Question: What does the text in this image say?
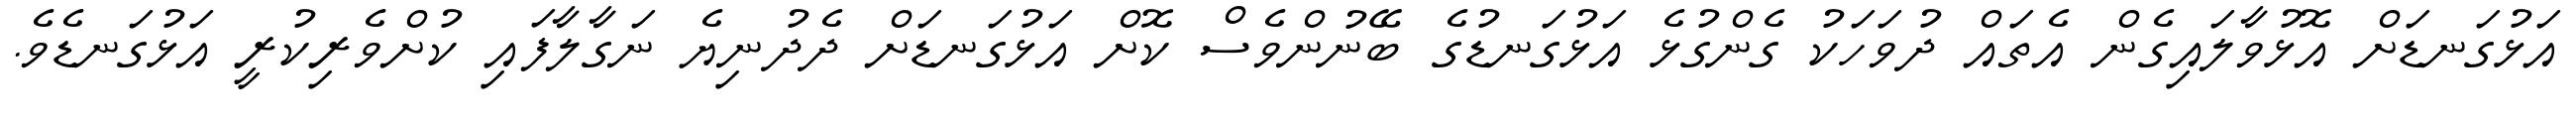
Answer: އަޅުގަނޑަށް އޮޅުވާލައިގެން އެތައް ދުވަހަކު ގެންގުޅެ އަޅުގަނޑުގެ ބޭނުންވެސް ކޮށް އަޅުގަނޑަށް ދެދުނިޔެ ނަގާލާފައި ކުށްވެރިކުރީ އަޅުގަނޑެވެ.